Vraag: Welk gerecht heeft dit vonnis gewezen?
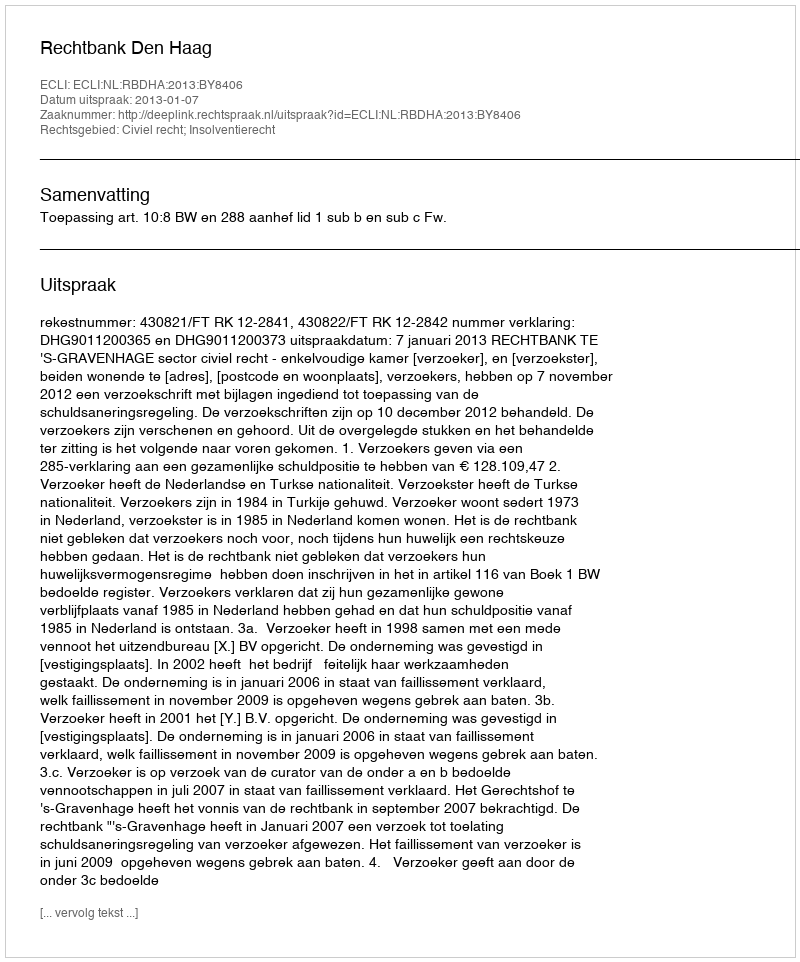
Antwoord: Rechtbank Den Haag